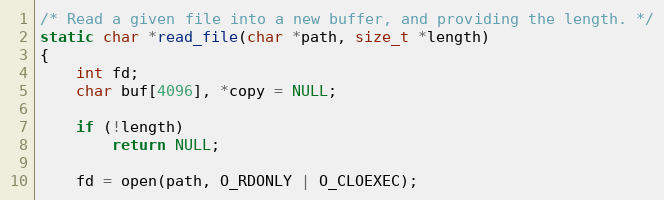
Language: C
/* Read a given file into a new buffer, and providing the length. */
static char *read_file(char *path, size_t *length)
{
	int fd;
	char buf[4096], *copy = NULL;

	if (!length)
		return NULL;

	fd = open(path, O_RDONLY | O_CLOEXEC);